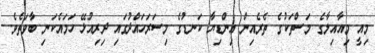
މިއީ މިއާއިލާގެ މަސްތަކުގެ ތެރެއިން އިންޑިޔާ ކަނޑުގެ މިސަރަހައްދުގައި ދިރިއުޅޭ ހަމައެކަނި ބާވަތެވެ.